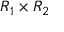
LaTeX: R _ { 1 } \times R _ { 2 }